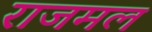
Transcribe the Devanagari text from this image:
राजमल